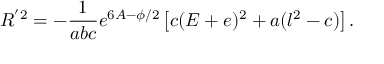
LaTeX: R ^ { ' 2 } = - \frac { 1 } { a b c } e ^ { 6 A - \phi / 2 } \left[ c ( E + e ) ^ { 2 } + a ( l ^ { 2 } - c ) \right] .